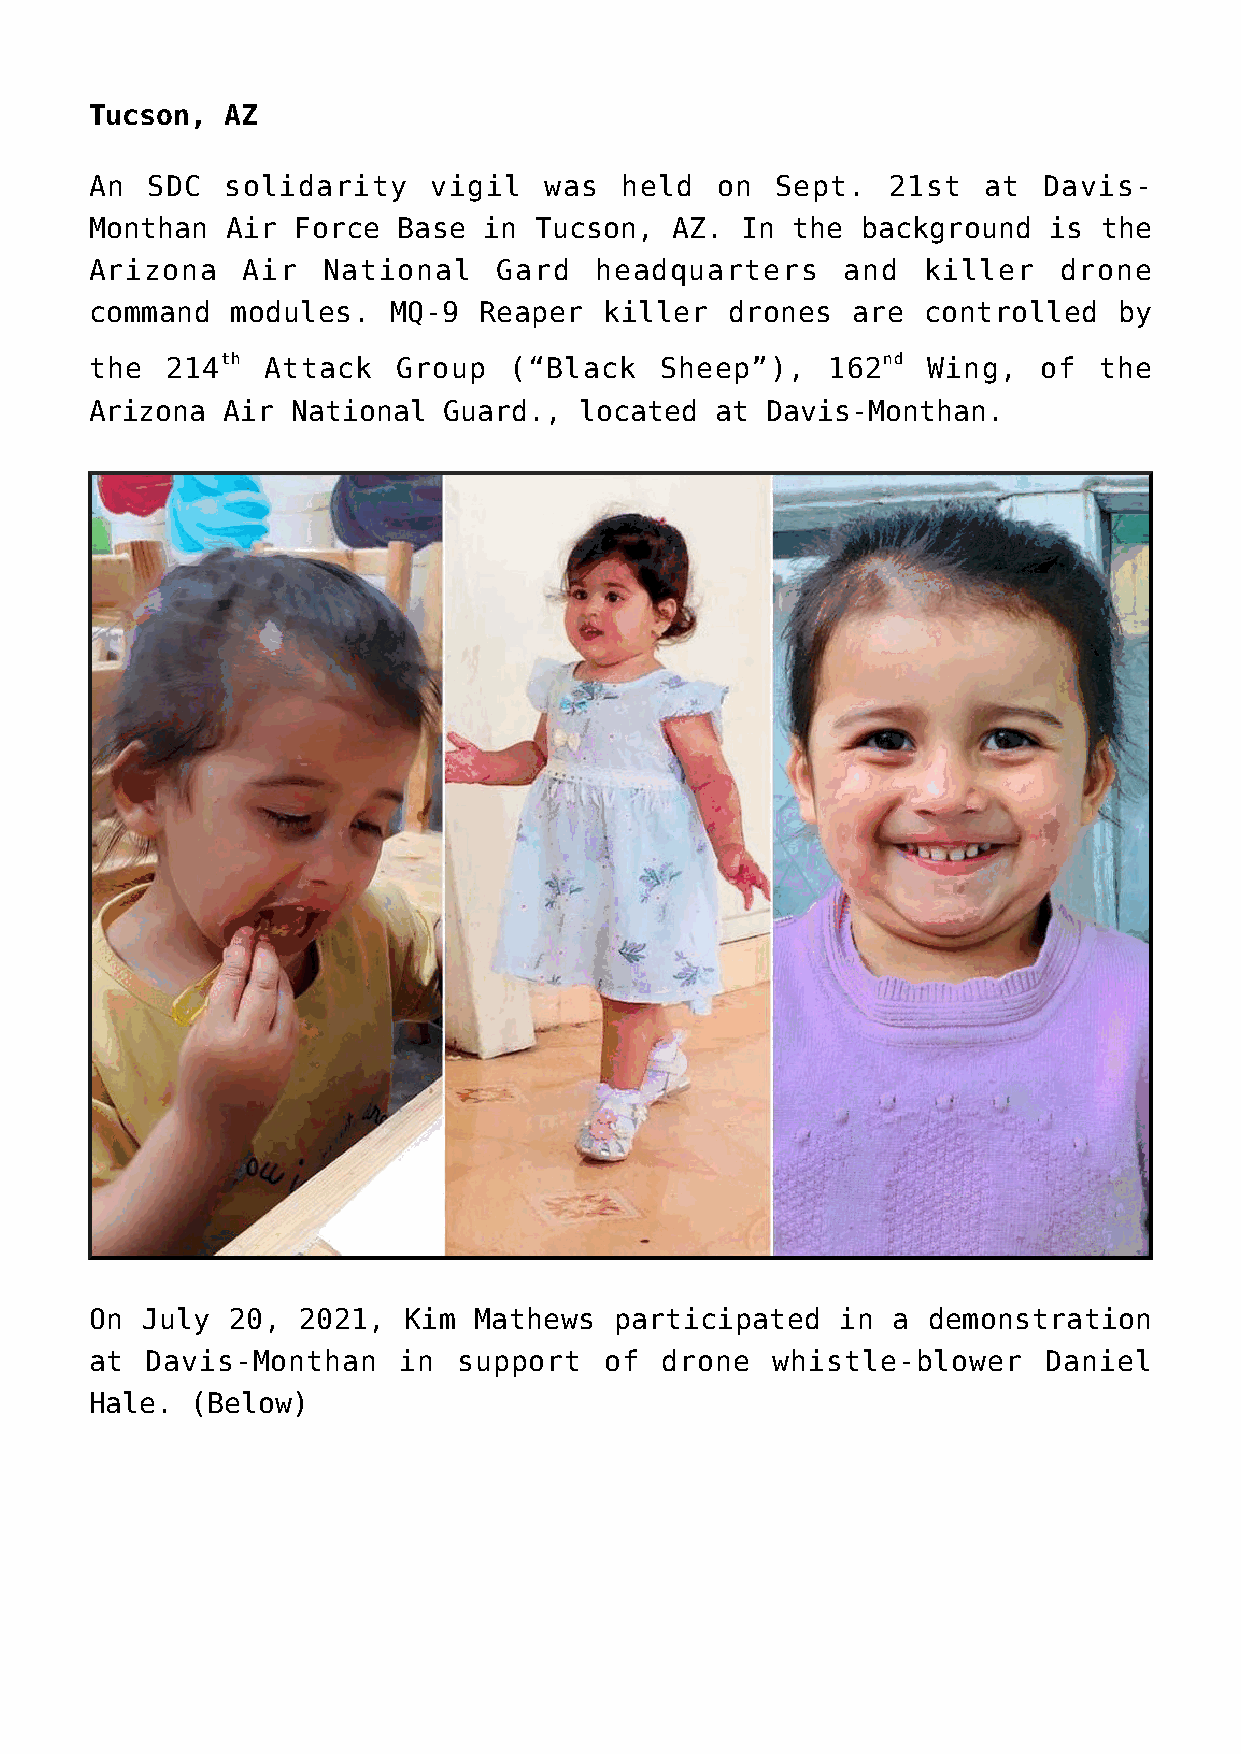
Tucson,  AZ
 An  SDC  solidarity   vigil   was  held  on  Sept.   21st  at  Davis-
 Monthan  Air Force  Base  in Tucson,  AZ.  In the  background  is  the
 Arizona   Air  National    Gard  headquarters     and  killer   drone
 command  modules.   MQ-9  Reaper  killer  drones  are  controlled   by
 the  214th  Attack  Group   (“Black   Sheep”),   162nd Wing,   of  the
 Arizona  Air National  Guard.,  located  at  Davis-Monthan.
 On July  20,  2021,  Kim Mathews   participated   in a demonstration
 at  Davis-Monthan   in  support   of  drone  whistle-blower    Daniel
 Hale.  (Below)